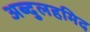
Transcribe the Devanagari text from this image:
अब्दुलहमिद